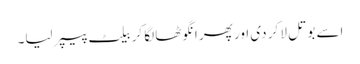
اسے بوتل لا کر دی اور پھر انگوٹھا لگا کر بیلٹ پیپر لیا۔